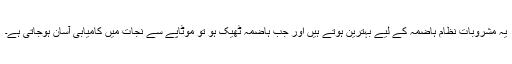
یہ مشروبات نظام ہاضمہ کے لیے بہترین ہوتے ہیں اور جب ہاضمہ ٹھیک ہو تو موٹاپے سے نجات میں کامیابی آسان ہوجاتی ہے۔